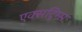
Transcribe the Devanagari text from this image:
एक्सट्रिम्स